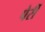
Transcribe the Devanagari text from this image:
पेर्री